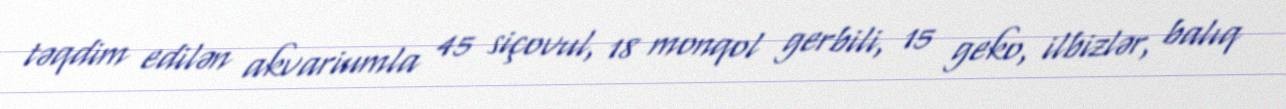
təqdim edilən akvariumla 45 siçovul, 18 monqol gerbili, 15 geko, ilbizlər, balıq